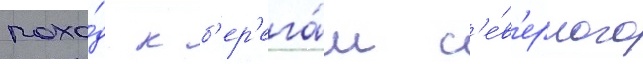
похо́д к б'ер'ега́м с'е́в'ерного